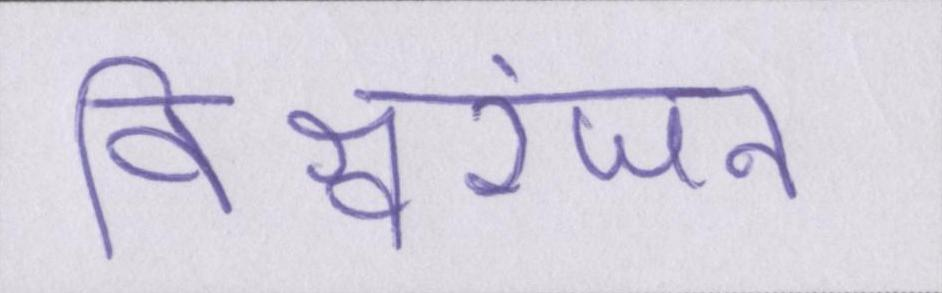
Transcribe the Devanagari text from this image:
विश्वरंजन